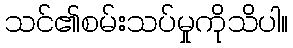
သင်၏စမ်းသပ်မှုကိုသိပါ။